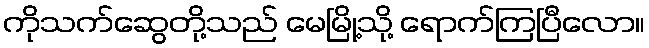
ကိုသက်ဆွေတို့သည် မေမြို့သို့ ရောက်ကြပြီလော။